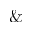
\&